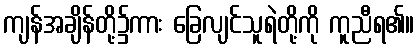
ကျန်အချိန်တို့၌ကား ခြေလျင်သူရဲတို့ကို ကူညီရ၏။